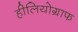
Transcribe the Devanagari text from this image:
हीलियोग्राफ